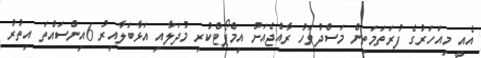
އެއީ މިއަހަރުގެ ފުރަތަމަތިން މަސްދުވަހު ރާއްޖެއަށް އިމްޕޯޓްކުރި މުދަލާއި އަޅާބަލާއިރު 6އިންސައްތަ އިތުރު